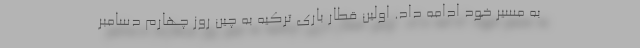
به مسیر خود ادامه داد. اولین قطار باری ترکیه به چین روز چهارم دسامبر